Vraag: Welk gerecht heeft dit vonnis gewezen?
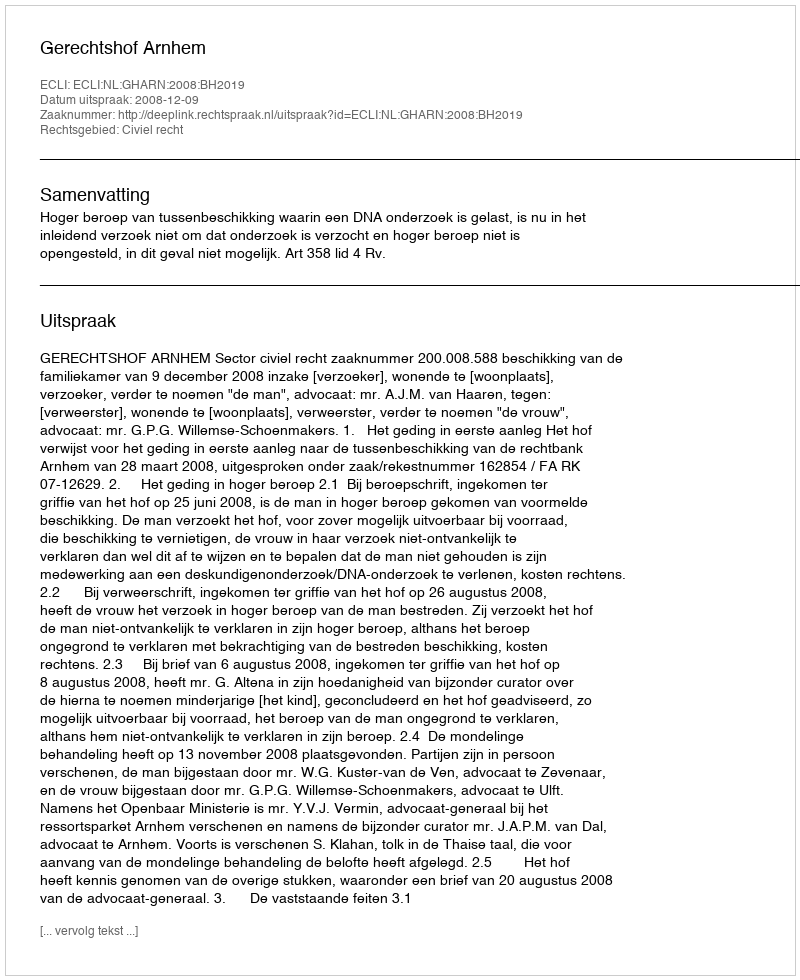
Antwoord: Gerechtshof Arnhem